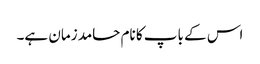
اس کے باپ کا نام حامد زمان ہے۔